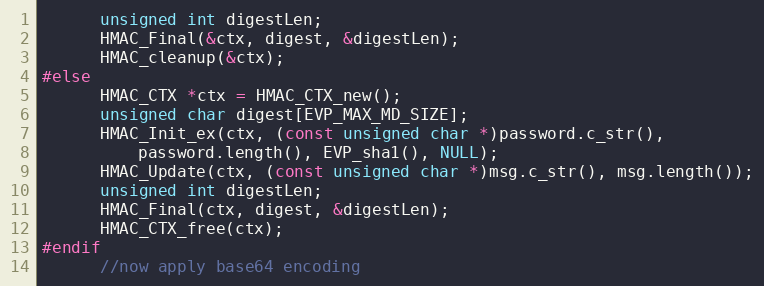
Language: C++
      unsigned int digestLen;
      HMAC_Final(&ctx, digest, &digestLen);
      HMAC_cleanup(&ctx);
#else
      HMAC_CTX *ctx = HMAC_CTX_new();
      unsigned char digest[EVP_MAX_MD_SIZE];
      HMAC_Init_ex(ctx, (const unsigned char *)password.c_str(),
          password.length(), EVP_sha1(), NULL);
      HMAC_Update(ctx, (const unsigned char *)msg.c_str(), msg.length());
      unsigned int digestLen;
      HMAC_Final(ctx, digest, &digestLen);
      HMAC_CTX_free(ctx);
#endif
      //now apply base64 encoding